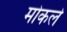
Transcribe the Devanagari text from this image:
मोकले